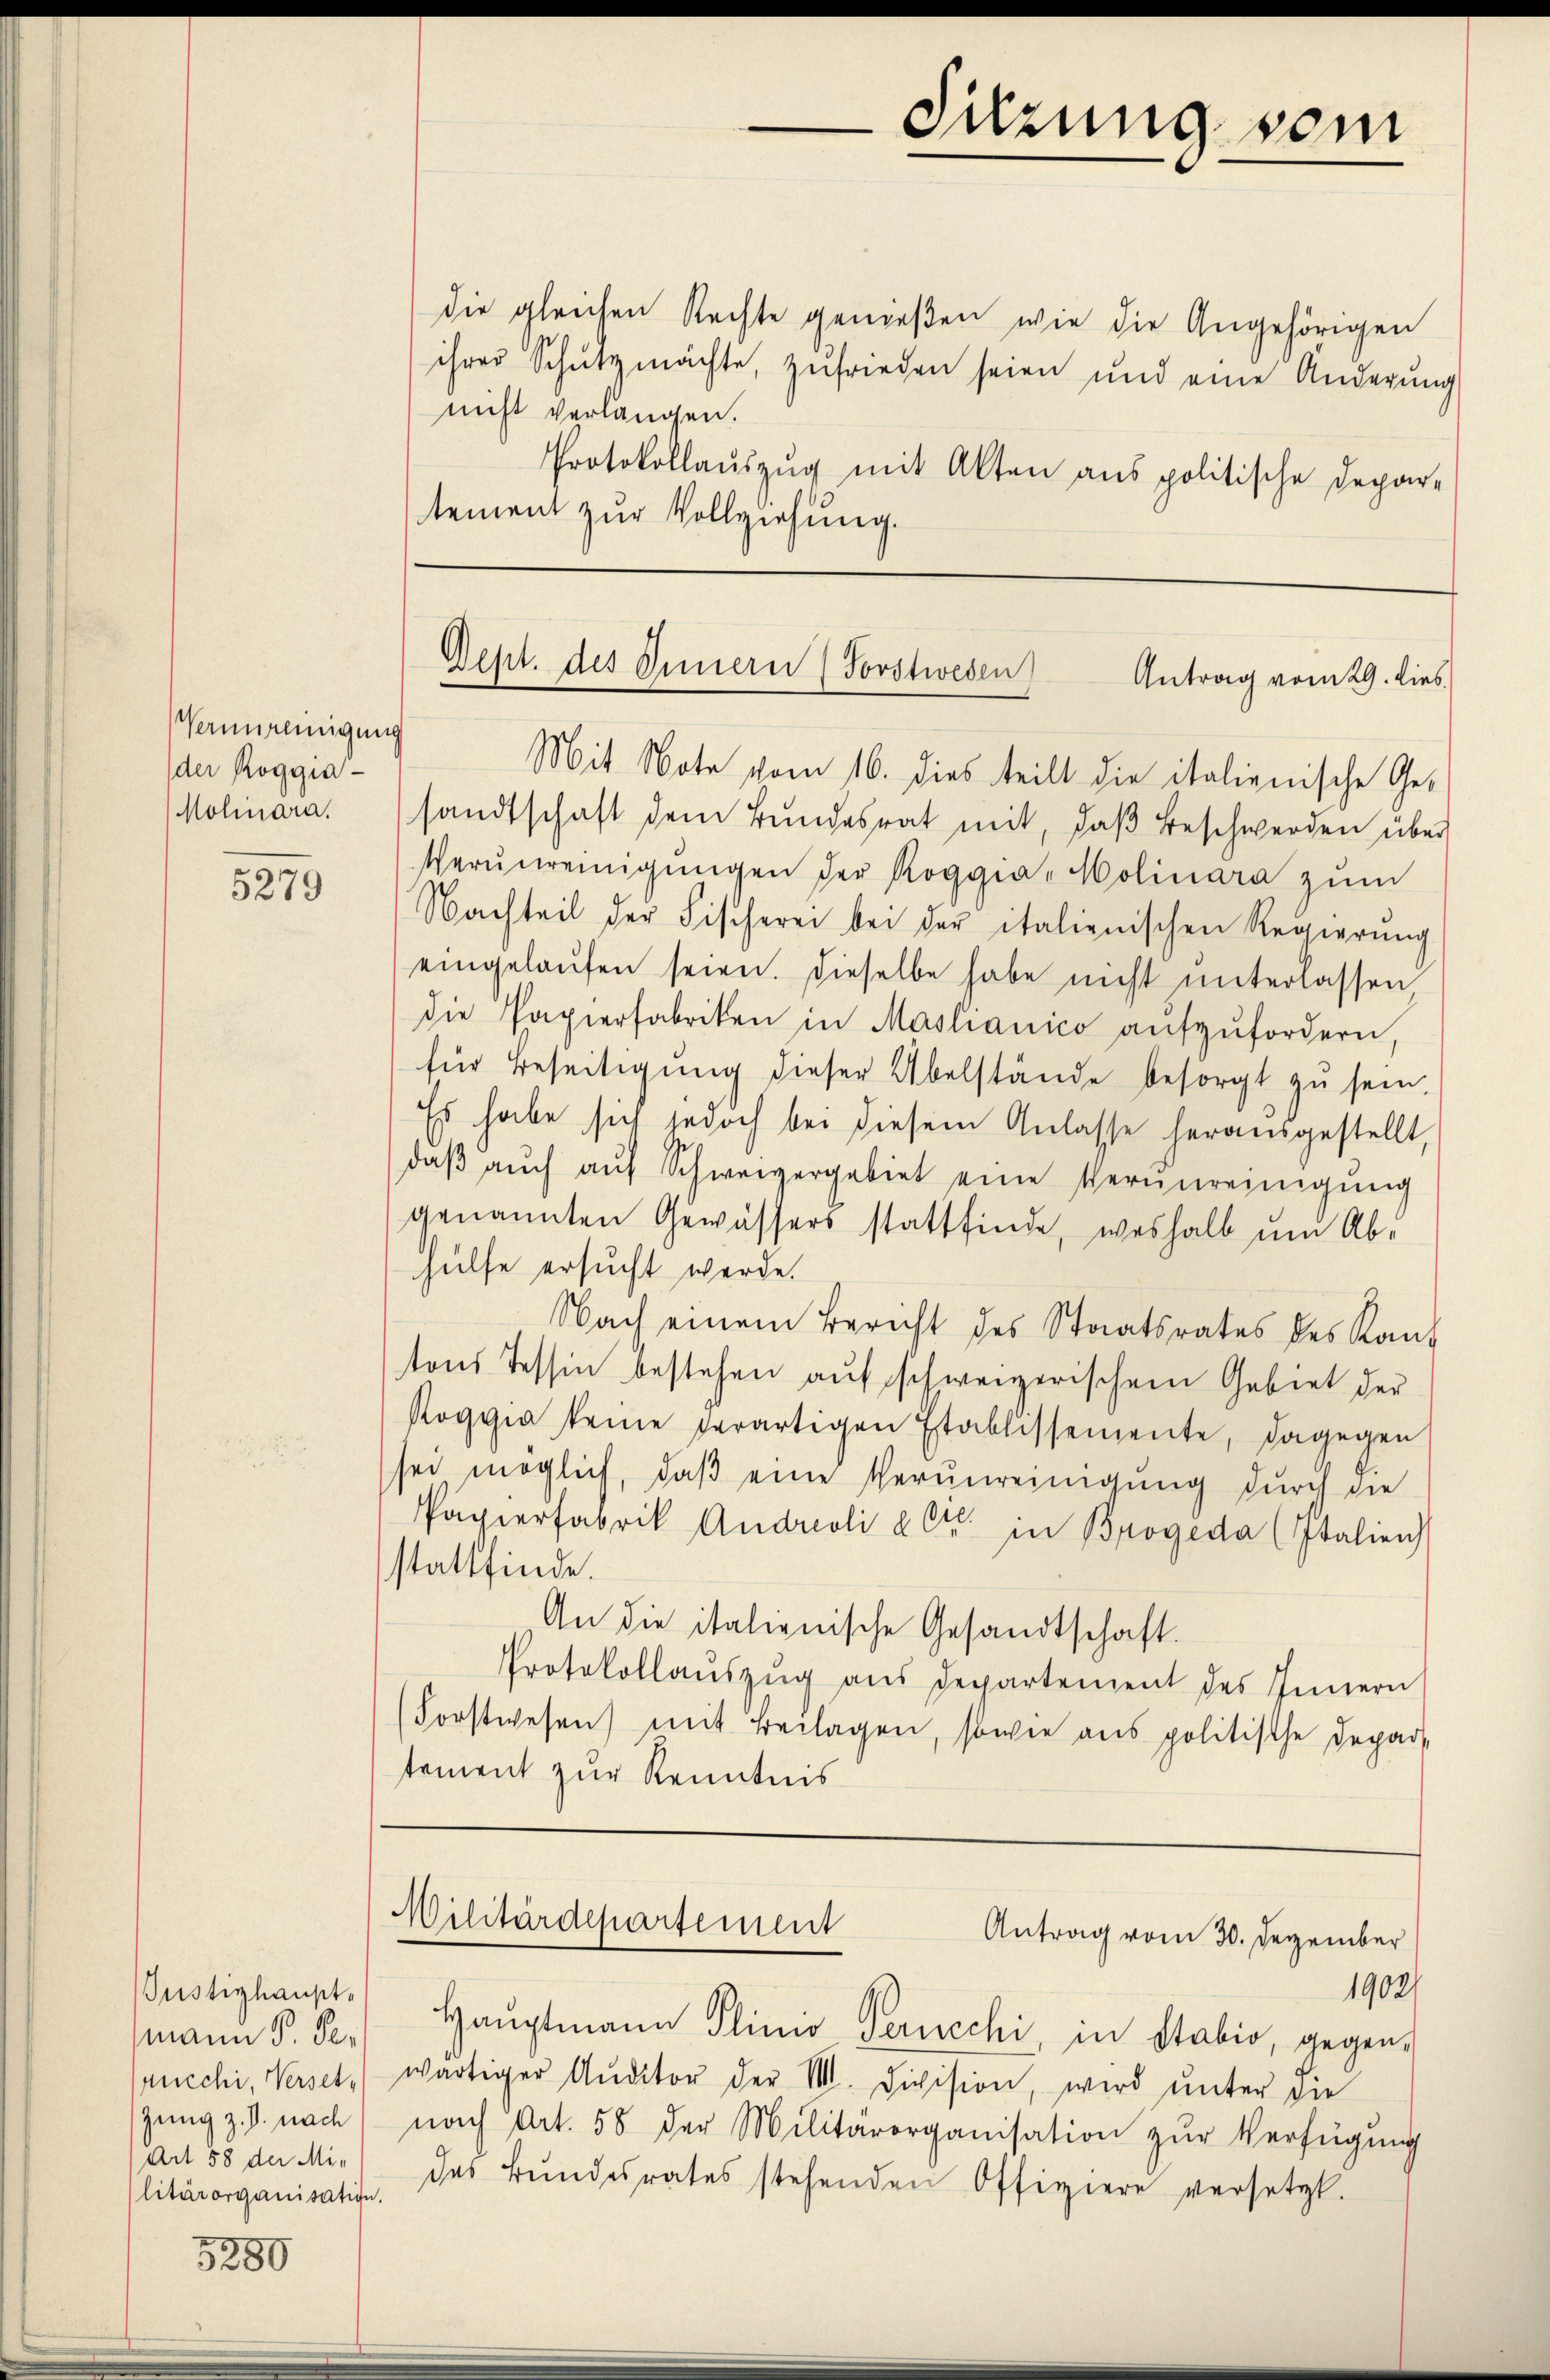
Vannreinigung
der Roggia-
Molinara.

5880

5279

ustizhaupt.
mann P. Perucchi, Versetzung z. B. nach
Art 58 der Militärorganisation.

Sitzung vom

die gleichen Rechte genießen wie die Angehörigen
ihrer Schutzmachte, zufrieden seien und eine Änderung
nicht verlangen.
Protokollauszug mit Alten aus politische Depar-
tement zur Vollziehung.

Gept. des Innern (Forstwesen Antrag vom 29. lies

Mit Note vom 16. dies teilt die italienische Gesandtschaft dem Bŭndesrat mit, daβ beschwerden über
Verŭnreinigŭngen der Roggia-Kolinara zŭm
Nachteil der Fischerei bei der italienischen Regierŭng
eingelaŭfen seien. Dieselbe habe nicht unterlassen
die Papierfabriken in Mastianico aŭfzŭfordern,
für Beseitigŭng dieser Übelstände besorgt zu sein
Es habe sich jedoch bei diesem Anlasse herausgestellt,
daβ aŭch aŭf Schweizergebiet eine Verŭnreinigŭng
genannten Gewässers stattfinde, weshalb um Abhülfe ersucht werde.
Nach einem Bericht des Staatsrates des Kanz
tons Tessin bestehen auf schweizerischem Gebiet der
Roggia keine serartigen Etablissemente, dagegen
sei möglich, daβ eine Verŭnreinigung durch die
Papierfabrik Andreoli à Ct. in Brogeda (Italien
stattfinde.
An die italienische Gesandtschaft.
Protokollaŭszŭg aŭs departement des Innern
(Forstwesen) mit Beilagen, sowie aus politische Depart
tement zur Kenntnis

Militärdepartement
Antrag vom 30. Dezember
1902/

Hauptmann Plino Perncchi, in Stabio, gegenwärtiger Auditor der II. Division, wird unter die
nach Art. 58 der Militärorganisation zŭr Verfügung
des Bundesrates stehenden Offiziere versetzt.